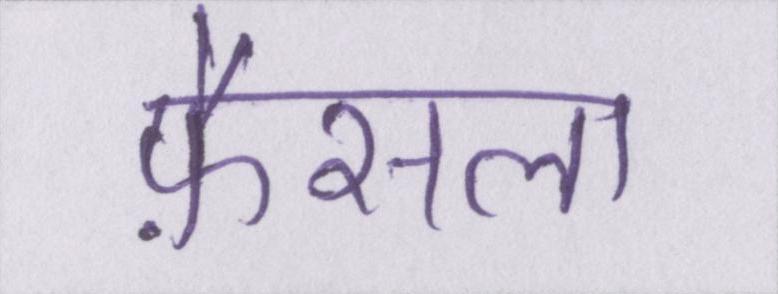
फ़ैसला